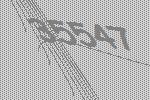
35547